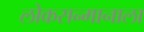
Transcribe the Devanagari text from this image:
लोकसन्मानाला